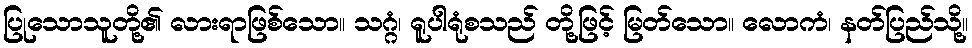
ပြုသောသူတို့၏ လားရာဖြစ်သော။ သဂ္ဂံ၊ ရူပါရုံစသည် တို့ဖြင့် မြတ်သော။ လောကံ၊ နတ်ပြည်သို့။